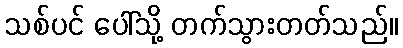
သစ်ပင် ပေါ်သို့ တက်သွားတတ်သည်။